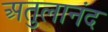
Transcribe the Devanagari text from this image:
अतुलानंद